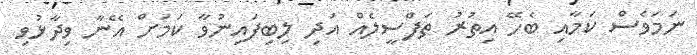
ނަމަވެސް ކަމާއި ބެހޭ އިތުރު ތަފްސީލެއް އަދި ލިބިފައިނުވާ ކަމަށް އޭނާ ވިދާޅުވި